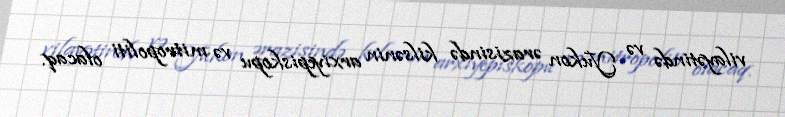
vilayətində və Yukon ərazisində kilsənin arxiyepiskopu və mitropoliti olacaq.